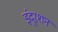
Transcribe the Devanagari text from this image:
इंदुरशन